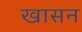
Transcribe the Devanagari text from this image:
खासन